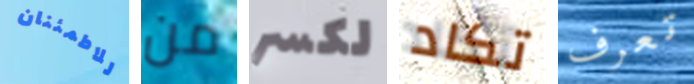
للاطمئنان من لكسر تكاد تعرف